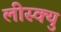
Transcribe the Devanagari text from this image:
लीस्क्यु